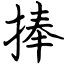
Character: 捧